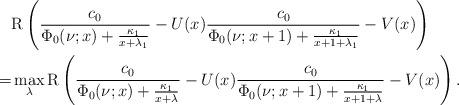
LaTeX: \begin{align*}&\mathrm{R}\left(\frac{c_0}{\Phi_0(\nu;x)+\frac{\kappa_1}{x+\lambda_1}}-U(x)\frac{c_0}{\Phi_0(\nu;x+1)+\frac{\kappa_1}{x+1+\lambda_1}}-V(x)\right)\\=&\max_{\lambda}\mathrm{R}\left(\frac{c_0}{\Phi_0(\nu;x)+\frac{\kappa_1}{x+\lambda}}-U(x)\frac{c_0}{\Phi_0(\nu;x+1)+\frac{\kappa_1}{x+1+\lambda}}-V(x)\right).\end{align*}